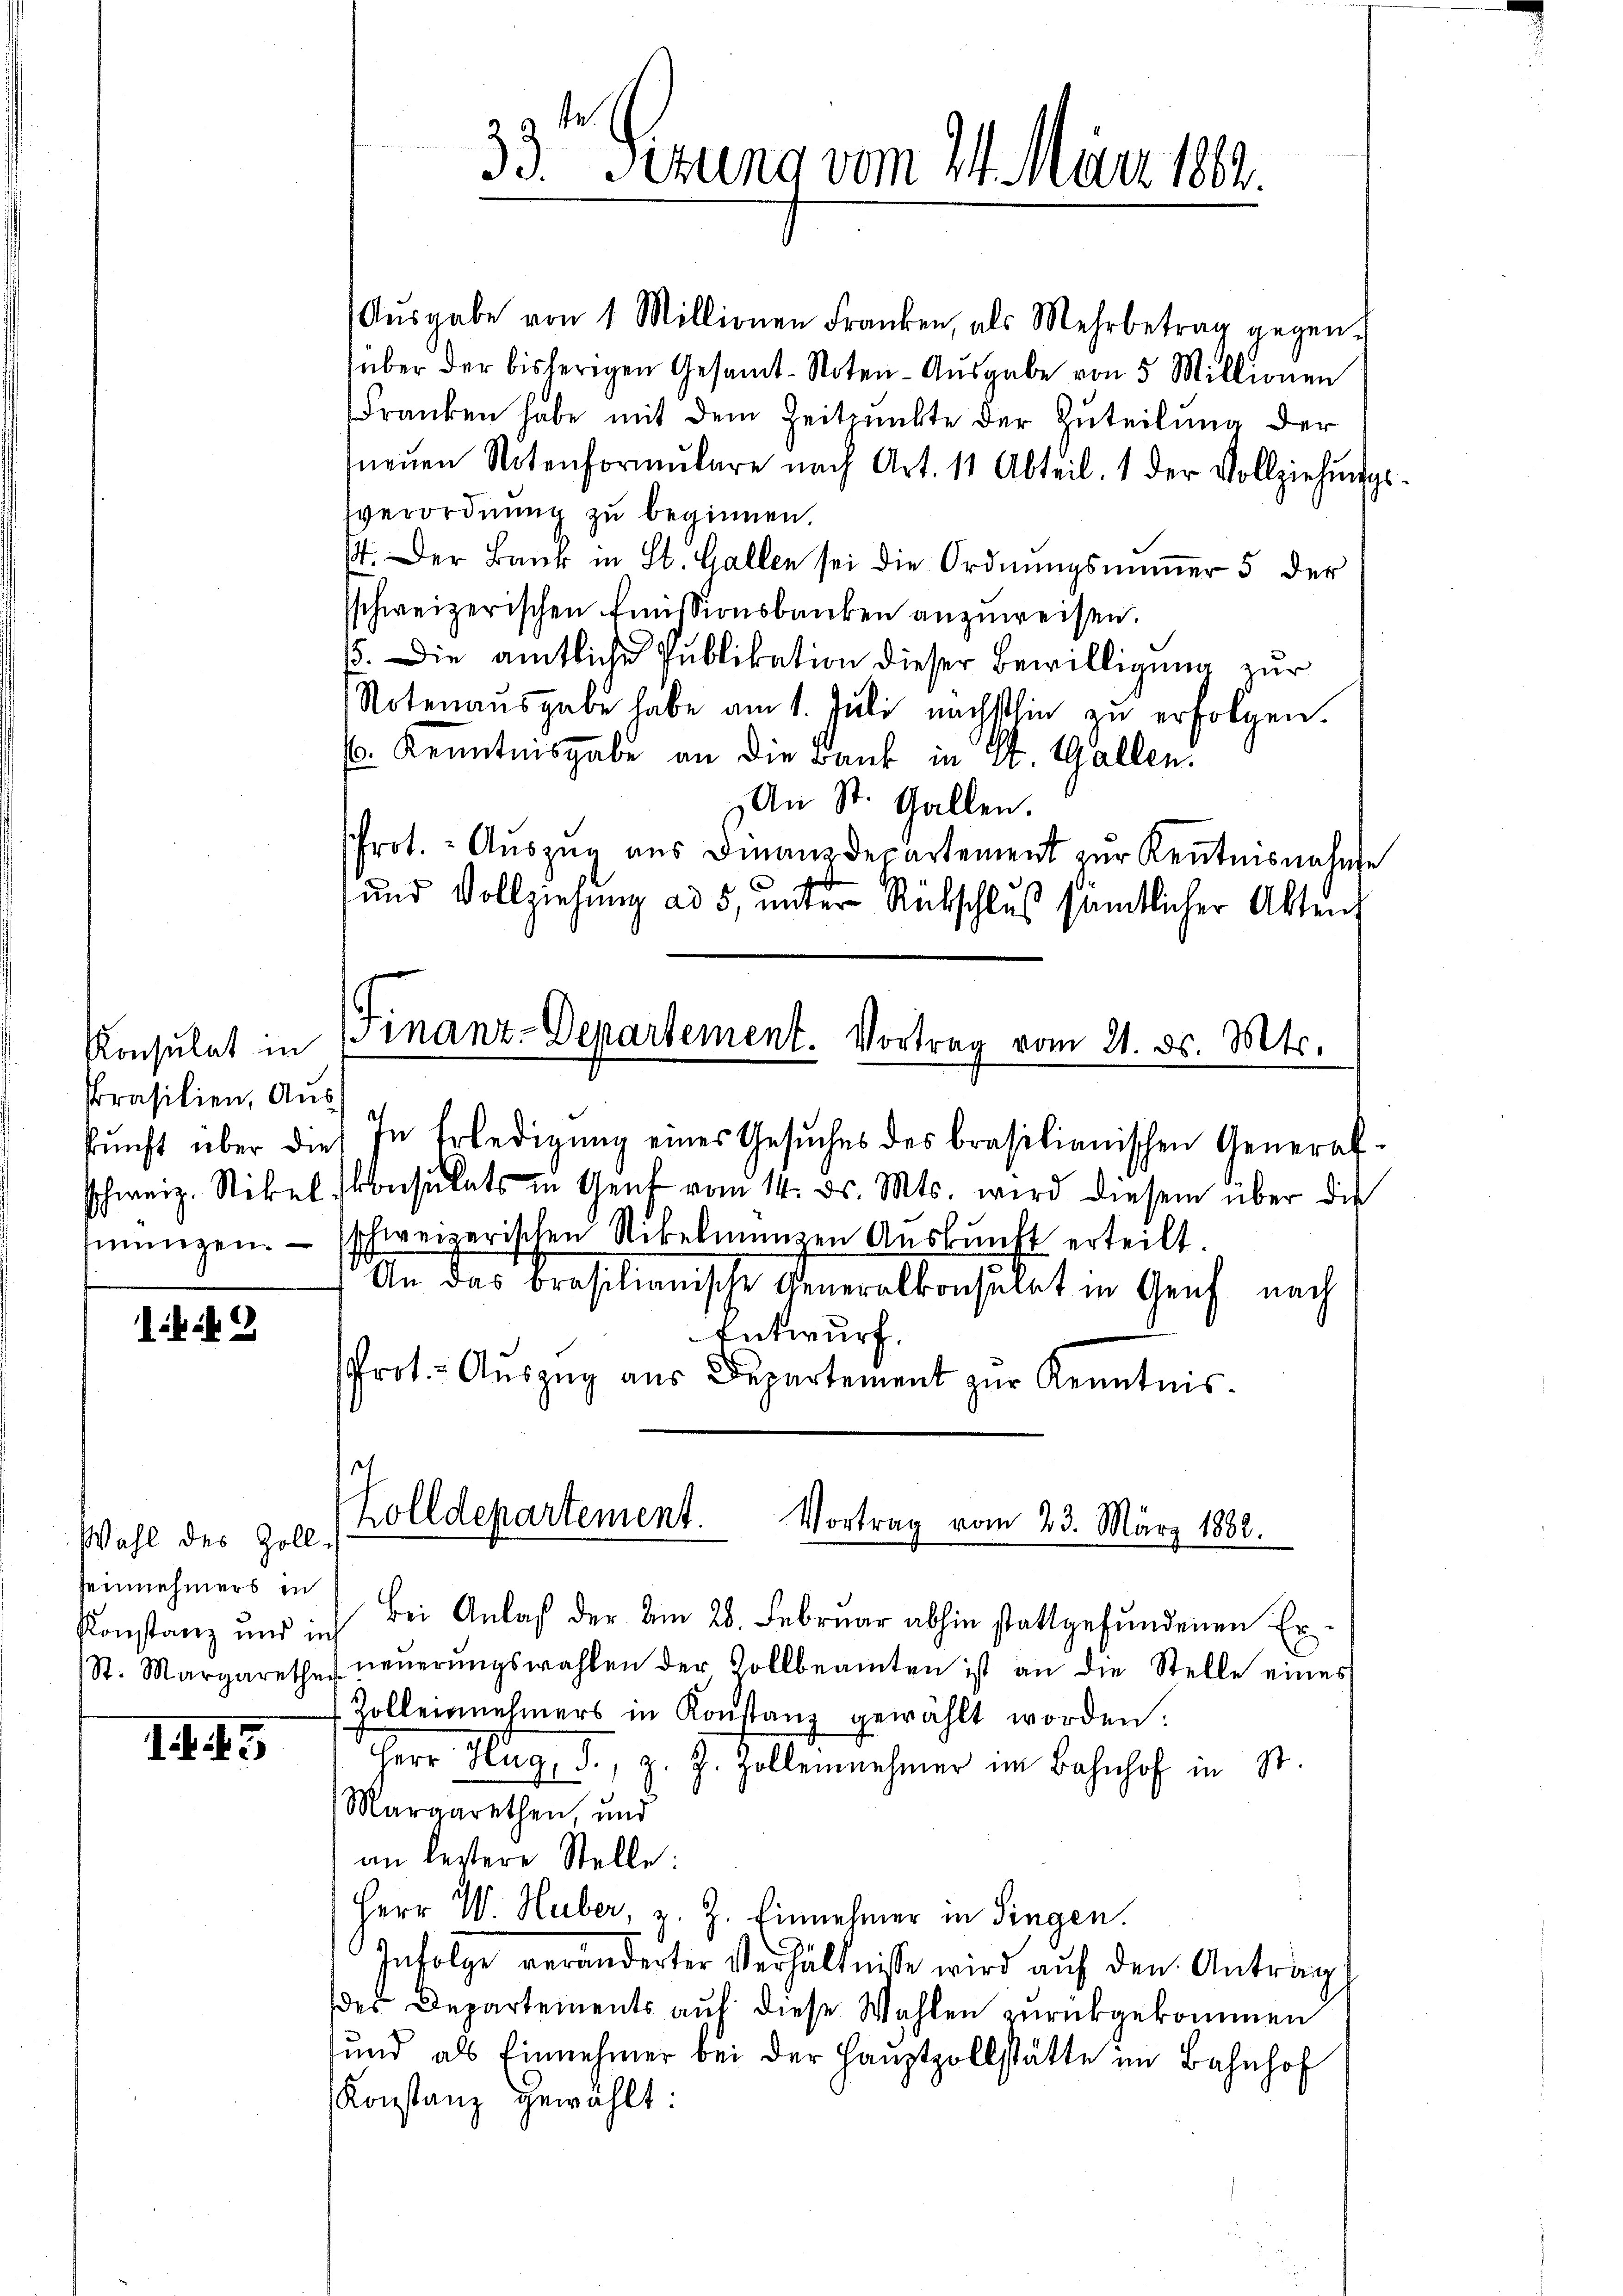
Konsulat in
Prasilien, Ausjinungen.

i 9

Wahl des Zoll-
einnehmers in
Konstanz und in
St. Margarethei

II. I

87
33. Sezung vom 24. März 1882.

Aŭsgabe von 1 Millionen Franken, als Mehrbetrag gegen.
über der bisherigen Gesamt-Noten-Ausgabe von 5 Millionen
Franken habe mit dem Zeitpunkte der Zuteilung der
neŭen Notenformŭlare nach Art. 11 Abteil. 1 der Vollziehŭngs-
verordnung zu beginnen.
14. Der Bank in St. Gallen sei die Ordnungsminer 5 der
sschweizerischen Emissionsbanken anzuweisen.
B. Die amtliche Publikation dieser Bewilligung zur
Notenaŭsgabe habe am 1. Juli nächsthin zŭ erfolgen.
. Kenntnisgabe an die Bank in St. Gallen.
An St. Gallen.
rot. - Auszug aus Finanzdepartement zur Kenntnisnahme
und Vollziehung ad 5, unter Rückschluß sämtlicher Akten,
inanz-Departement. Vortrag vom 21. ds. Mts.

kŭnft über die In Erledigŭng eines Gesŭches des brasilianischen General-
schweiz. Stikel konsulats in Gent vom 14. ds. Mts. wird diesem über die
schweizerischen Nikelmanzen Auskunft erteilt.
An das Brasilienische Generalkonsulat in Genf nach
Entwurf.
rot. Aŭszŭg aŭs Departement zur Kenntnis.

Zolldepartement.
Vortrag vom 23. März 1882.

Bei Anlaβ der am 28. Februar abhin stattgefŭndenen Er-
neuerungswahlen der Vollbeamten ist an die Stelle eines
Zolleinnehmers in Konstanz gewählt worden:
Herr Hug, d., z. Z. Zollennehmer im Bahnhof in St.
Margarethen, und
an bestere Stelle:
Herr W. Huber, z. Z. Einnehmer in Singen.
Infolge veränderter Verhältniße wird auf den Anträg
des Departements auf diese Wahlen zurückgekommen
sund als Einnehmer bei der Hauptzollstätte im Bahnhof
Konstanz gewählt: